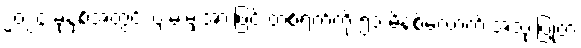
၂၀၂၄ ခုနှစ်အတွင်း ပျမ်းမျှအားဖြင့် တစ်ရက်ကို ၅၁ မိနစ်လောက် အသုံးပြုတဲ့